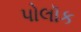
પોલૉક